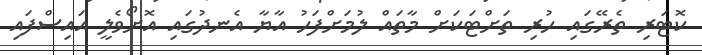
ކޮޓަރި ތެރޭގައި ހުރި ތަށްޓަކަށް މާތައް ލުމަށްފަހު އާޔާ އެނދުގައި އޮށޯވެލީ އައިސްފައި